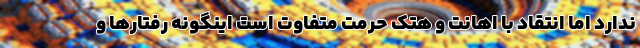
ندارد اما انتقاد با اهانت و هتک حرمت متفاوت است اینگونه رفتارها و